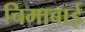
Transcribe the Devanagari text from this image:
चिमाबाई